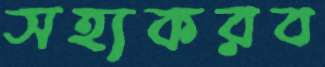
সহ্যকরব